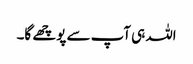
اللہ ہی آپ سے پوچھے گا۔